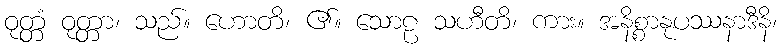
ဝုတ္တံ ဝုတ္တာ၊ သည်။ ဟောတိ၊ ၏။ သောဠ သဟီတိ၊ ကား။ အနိစ္စာနုပဿနာဒီနိ၊